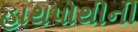
હાથપોથીની